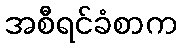
အစီရင်ခံစာက